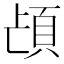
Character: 𮨁